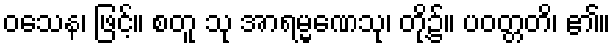
ဝသေန၊ ဖြင့်။ စတူ သု အာရမ္မဏေသု၊ တို့၌။ ပဝတ္တတိ၊ ၏။